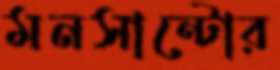
মনসান্টোর